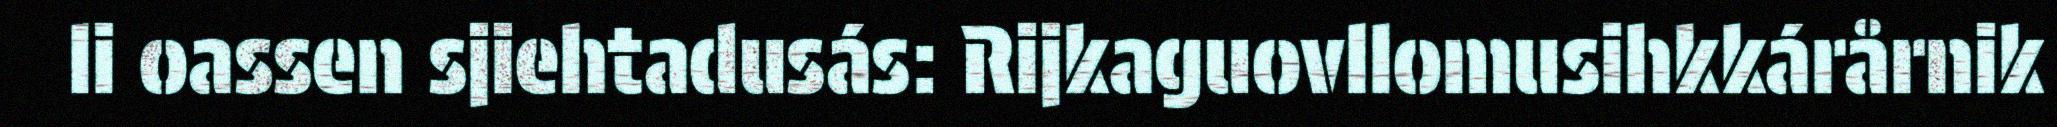
li oassen sjiehtadusás: Rijkaguovllomusihkkárårnik